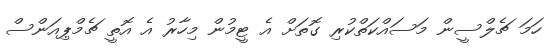
ހަމަ ޗެލްސީން މަސައްކަތްކުރި ގޮތަށް އެ ޓީމުން މިހާރު އެ އޮތީ ޗެމްޕިއަންސް